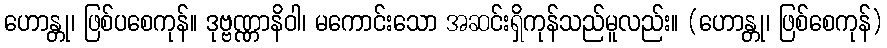
ဟောန္တု၊ ဖြစ်ပစေကုန်။ ဒုဗ္ဗဏ္ဏာနိဝါ၊ မကောင်းသော အဆင်းရှိကုန်သည်မူလည်း။ (ဟောန္တု၊ ဖြစ်စေကုန်)